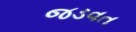
જડવત